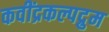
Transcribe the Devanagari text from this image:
कवींद्रकल्पद्रुम